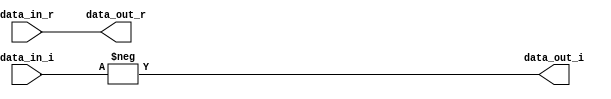
module Complex_conjugate #(
    parameter DATA_WIDTH = 32
) (
    //input   wire                                clk, rst,
    input   wire    signed  [DATA_WIDTH-1:0]    data_in_r, data_in_i, 
    output  wire    signed  [DATA_WIDTH-1:0]    data_out_r, data_out_i
);
//wire signed [DATA_WIDTH-1:0]    data_out_i_comb; 

assign data_out_i = -data_in_i;
assign data_out_r = data_in_r;

endmodule